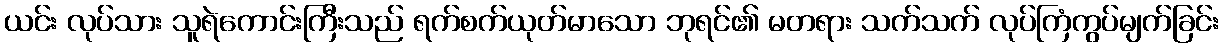
ယင်း လုပ်သား သူရဲကောင်းကြီးသည် ရက်စက်ယုတ်မာသော ဘုရင်၏ မတရား သက်သက် လုပ်ကြံကွပ်မျက်ခြင်း